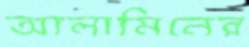
আলামিনের